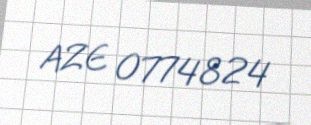
AZE 0774824